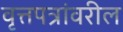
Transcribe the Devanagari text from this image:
वृत्तपत्रांवरील